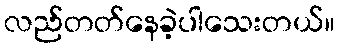
လည်တတ်နေခဲ့ပါသေးတယ်။